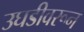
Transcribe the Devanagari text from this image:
उघडीवरून